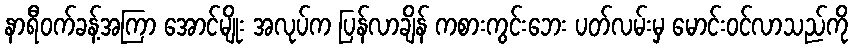
နာရီဝက်ခန့်အကြာ အောင်မျိုး အလုပ်က ပြန်လာချိန် ကစားကွင်းဘေး ပတ်လမ်းမှ မောင်းဝင်လာသည်ကို